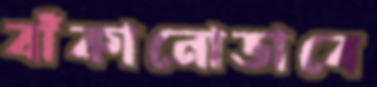
বাঁকানোভাবে